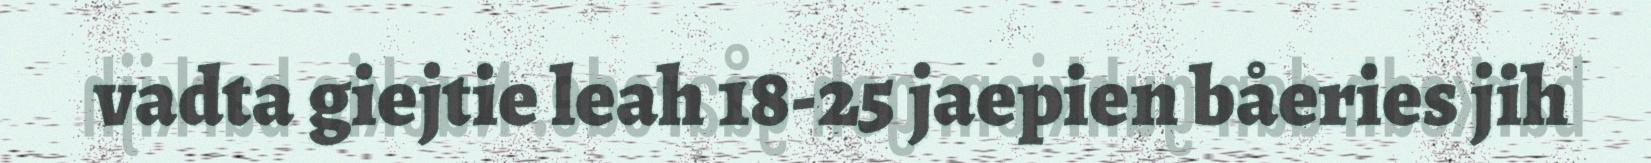
vadta giejtie leah 18-25 jaepien båeries jih